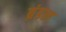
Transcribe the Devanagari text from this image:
ब्रंडल